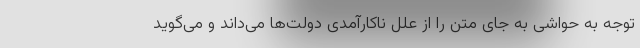
توجه به حواشی به جای متن را از علل ناکارآمدی دولت‌ها می‌داند و می‌گوید